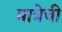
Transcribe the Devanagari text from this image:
मात्रेची